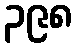
၃၉၈